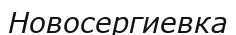
Новосергиевка